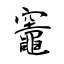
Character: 竈